Indian journal of veterinary science and animal husbandry - Volumes 18-21, 1948-1951
Year: 1948
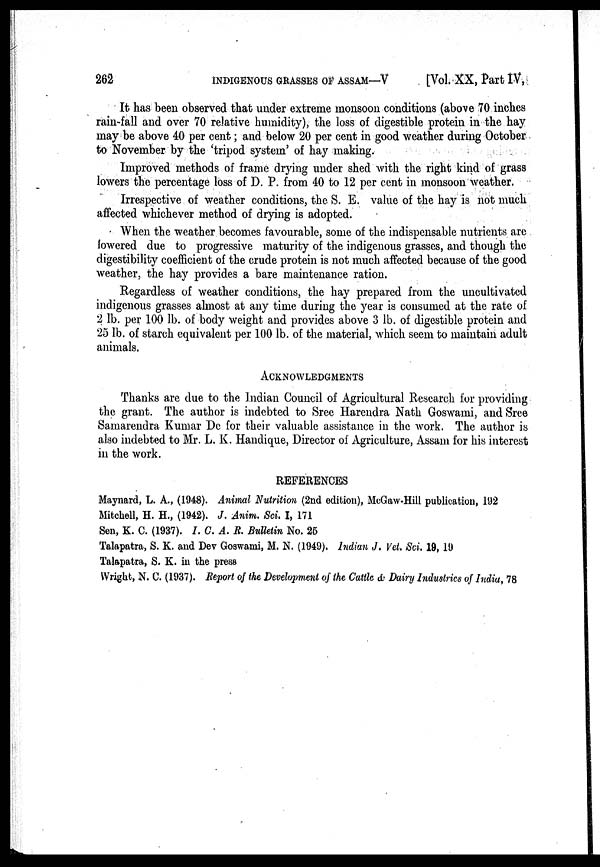
262
INDIGENOUS GRASSES OF ASSAM—V
[Vol. XX, Part IV,
It has been observed that under extreme monsoon conditions (above 70 inches
rain-fall and over 70 relative humidity), the loss of digestible protein in the hay
may be above 40 per cent; and below 20 per cent in good weather during October
to November by the 'tripod system' of hay making.
Improved methods of frame drying under shed with the right kind of grass
lowers the percentage loss of D. P. from 40 to 12 per cent in monsoon weather.
Irrespective of weather conditions, the S. E. value of the hay is not much
affected whichever method of drying is adopted.
When the weather becomes favourable, some of the indispensable nutrients are
lowered due to progressive maturity of the indigenous grasses, and though the
digestibility coefficient of the crude protein is not much affected because of the good
weather, the hay provides a bare maintenance ration.
Regardless of weather conditions, the hay prepared from the uncultivated
indigenous grasses almost at any time during the year is consumed at the rate of
2 lb. per 100 lb. of body weight and provides above 3 lb. of digestible protein and
25 lb. of starch equivalent per 100 lb. of the material, which seem to maintain adult
animals.
ACKNOWLEDGEMENTS
Thanks are due to the Indian Council of Agricultural Research for providing
the grant. The author is indebted to Sree Harendra Nath Goswami, and Sree
Samarendra Kumar Do for their valuable assistance in the work. The author is
also indebted to Mr. L. K. Handique, Director of Agriculture, Assam for his interest
in the work.
REFERENCES
Maynard, L. A., (1948). Animal Nutrition (2nd edition), McGaw-Hill publication, 192
Mitchell, H. H., (1942). J. Anim. Sci. I, 171
Sen, K. C. (1937). I. C. A. R. Bulletin No. 25
Talapatra, S. K. and Dev Goswami, M. N. (1949). Indian J. Vet. Sci. 19, 19
Talapatra, S. K. in the press
Wright, N. C. (1937). Report of the Development of the Cattle & Dairy Industries of India, 78